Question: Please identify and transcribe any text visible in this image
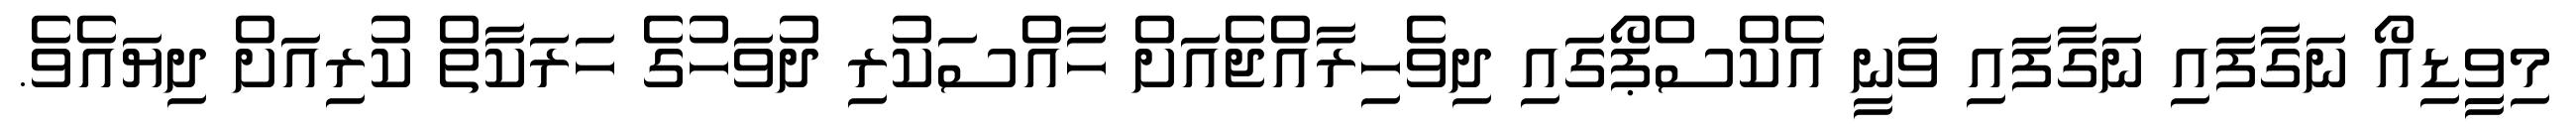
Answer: މިވީިޑިއޯ ނަގާފައި ނަގާފައި ވަނީ އެކްސްޕޯގައި ދިވެހިރާއްޖެއަށް ހާއްސަކުރި ދުވަހުގެ ހަރަކާތް ކުރިއަށް ދިޔައެވެ.